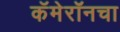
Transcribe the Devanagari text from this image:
कॅमेरॉनचा